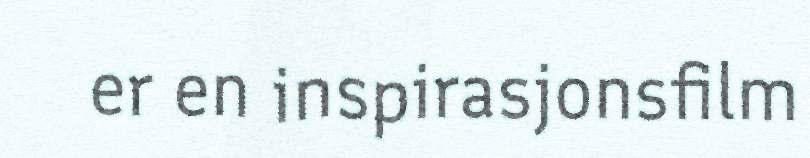
er en inspirasjonsfilm